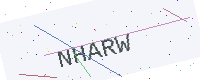
Text: NHARW